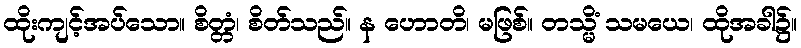
ထိုးကျင့်အပ်သော။ စိတ္တံ၊ စိတ်သည်။ န ဟောတိ၊ မဖြစ်။ တသ္မိံ သမယေ၊ ထိုအခါ၌။